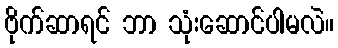
ဗိုက်ဆာရင် ဘာ သုံးဆောင်ပါမလဲ။